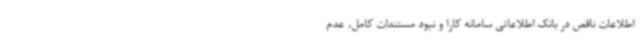
اطلاعات ناقص در بانک اطلاعاتی سامانه کارا و نبود مستندات کامل، عدم